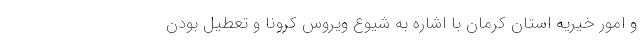
و امور خیریه استان کرمان با اشاره به شیوع ویروس کرونا و تعطیل بودن